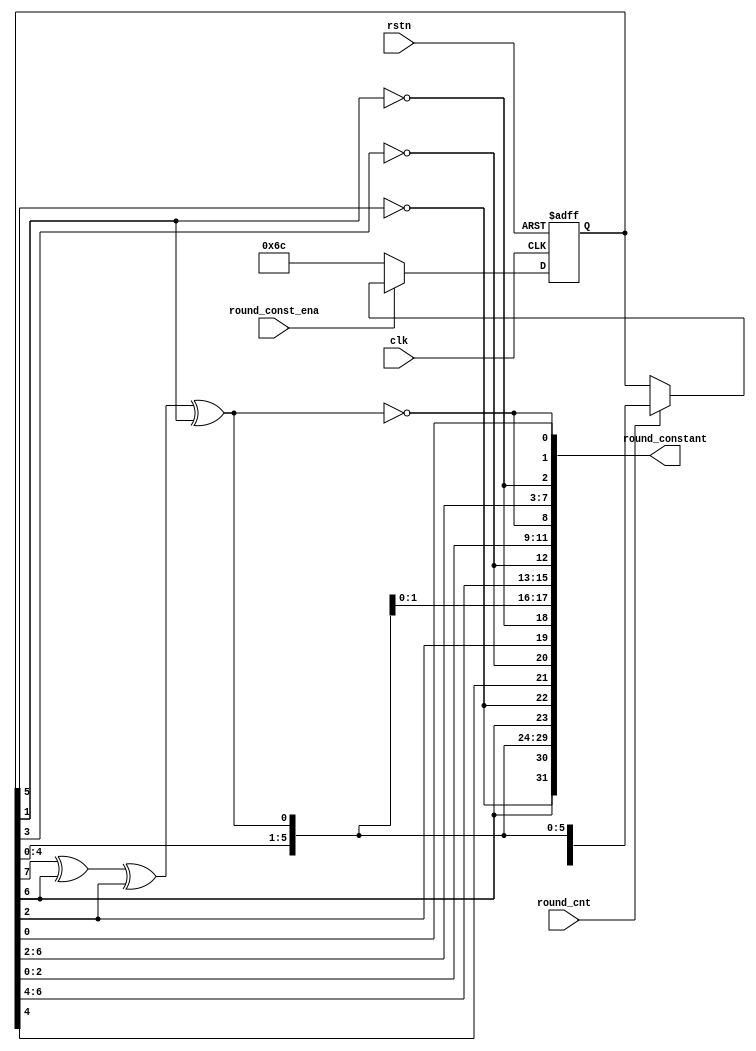
`timescale 1ns / 1ps
//////////////////////////////////////////////////////////////////////////////////
// Company: 
// Engineer: 
// 
// Design Name: 
// Module Name:    round_constant_gen 
// Project Name: 
// Target Devices: 
// Tool versions: 
// Description: 
//
// Dependencies: 
//
// Revision: 
// Revision 0.01 - File Created
// Additional Comments: 
//
//////////////////////////////////////////////////////////////////////////////////
module round_constant_gen(
	input			clk,
	input			rstn,
	
	input			round_const_ena,
	input			round_cnt,
	output	[31:0]	round_constant
    );
	
	// intermediate
	wire	[07:00]	round_constant_p3;
	wire	[07:00]	round_constant_p2;
	wire	[07:00]	round_constant_p1;
	wire	[07:00]	round_constant_p0;
	
	wire	[08:00]	LFSR_d;
	reg		[07:00]	LFSR_q;
	
	assign LFSR_d = {LFSR_q, LFSR_q[7] ^ LFSR_q[6] ^ LFSR_q[2] ^ LFSR_q[1]};
	
	assign round_constant_p3 = {LFSR_d[7], ~LFSR_d[6], LFSR_d[5:0]};
	assign round_constant_p2 = {LFSR_d[7], ~LFSR_d[6], LFSR_d[5], ~LFSR_d[4], LFSR_d[3], ~LFSR_d[2], LFSR_d[1:0]};
	assign round_constant_p1 = {LFSR_d[7:5], ~LFSR_d[4], LFSR_d[3:1], ~LFSR_d[0]};
	assign round_constant_p0 = {LFSR_d[7:3], ~LFSR_d[2], LFSR_d[1], ~LFSR_d[0]};
	
	assign round_constant = {round_constant_p3, round_constant_p2, round_constant_p1, round_constant_p0};
	
	always@(posedge clk or negedge rstn) 
	begin
		if (~rstn) begin
			LFSR_q <= 8'b0;
		end else if (~round_const_ena) begin
			LFSR_q <= 8'b01101100;
		end else if (round_cnt) begin
			LFSR_q <= LFSR_d[7:0];
		end
	end
	
endmodule